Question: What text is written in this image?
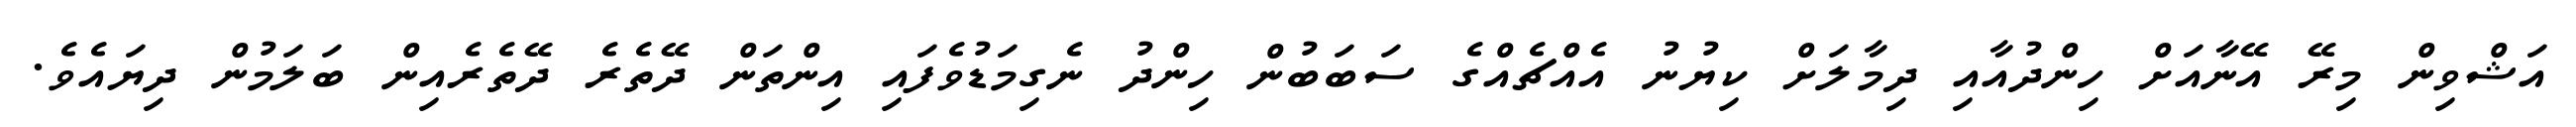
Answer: އަޝްވިން މިރޭ އޭނާއަށް ހިންދުއާއި ދިމާލަށް ކިޔުނު އެއްޗެއްގެ ސަބަބުން ހިންދު ނެގިމަޑުވެފައި އިންތަން ދޭތެރެ ދޭތެރެއިން ބަލަމުން ދިޔައެވެ.